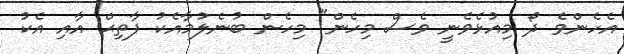
އެހެންވެ ދޯ މިއުޅެވެނީ ވެސް މިހެން" މިހެން ބުނެލުމާއެކު ފާތިޙް އާއި އެކު